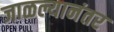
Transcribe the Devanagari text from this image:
जाळल्यानंतर